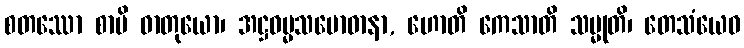
စတဿော စာပိ ဓာတုယော၊ အဋ္ဌဓမ္မသမောဓာနာ, ဟောတိ ကေသာတိ သမ္မုတိ၊ တေသံယေဝ